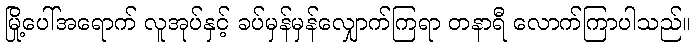
မြို့ပေါ်အရောက် လူအုပ်နှင့် ခပ်မှန်မှန်လျှောက်ကြရာ တနာရီ လောက်ကြာပါသည်။